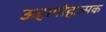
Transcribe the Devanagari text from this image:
ऊहापोहात्मक